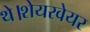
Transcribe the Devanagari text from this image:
थे।शेयरवेयर